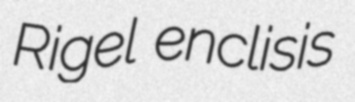
Rigel enclisis